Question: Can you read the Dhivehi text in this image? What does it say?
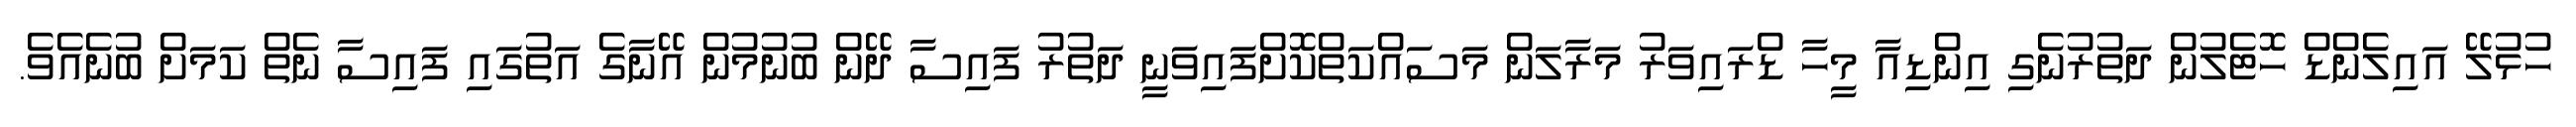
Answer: ހުޅުލޭ އައިލެންޑް ހޮޓެލުން ދަތުރުނެގި އިންޑިއާ މީހާ ޑްރައިވަރު މަރާލަން މަސައްކަތްކޮށްފައިވަނީ ދަތުރު ފައިސާ ދޭން ބުނުމުން އޭނާގެ އަތުގައި ފައިސާ ނެތް ކަމަށް ބުނެއެވެ.